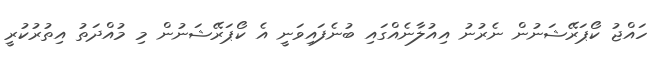
ހައްޖު ކޯޕަރޭޝަނުން ނެރުނު އިއުލާނެއްގައި ބުނެފައިވަނީ އެ ކޯޕަރޭޝަނުން މި މުއްދަތު އިތުރުކުރީ